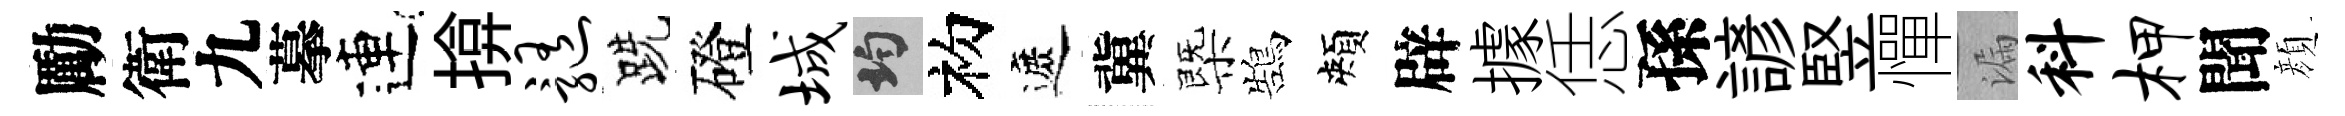
勵衛九摹連揜髓跣磴城均初遮冀㮣鵠頰辟據恁孫諺竪憚漏料柙聞顔